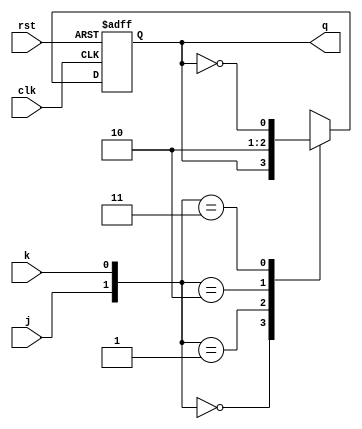
module jk_ff (
    input j, // input for set
    input k, // input for reset
    input clk, // clock signal
    input rst, // reset signal
    output reg q // output
);

// initialize flip-flop
always @ (negedge clk or posedge rst)
begin
    if (rst)
        q <= 1'b0;
    else
    begin
        case ({j, k})
            2'b00: q <= q; // hold
            2'b01: q <= 1'b1; // set
            2'b10: q <= 1'b0; // reset
            2'b11: q <= ~q; // toggle
        endcase
    end
end

endmodule